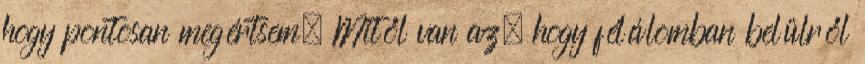
hogy pontosan megértsem. Mitől van az, hogy félálomban belülről